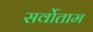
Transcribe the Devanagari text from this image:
सर्वोताम